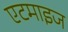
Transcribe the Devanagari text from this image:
एटमाइज